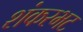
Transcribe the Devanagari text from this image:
शंकरभट